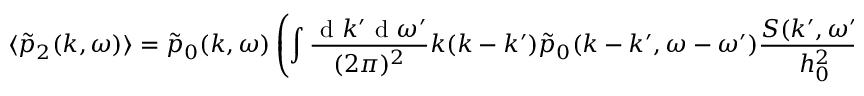
\langle \tilde { p } _ { 2 } ( k , \omega ) \rangle = \tilde { p } _ { 0 } ( k , \omega ) \left( \int \frac { \mathrm { ~ d ~ } k ^ { \prime } \mathrm { ~ d ~ } \omega ^ { \prime } } { ( 2 \pi ) ^ { 2 } } k ( k - k ^ { \prime } ) \tilde { p } _ { 0 } ( k - k ^ { \prime } , \omega - \omega ^ { \prime } ) \frac { S ( k ^ { \prime } , \omega ^ { \prime } ) } { h _ { 0 } ^ { 2 } } \right) \tilde { p } _ { 0 } ( k , \omega ) .